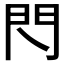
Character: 𨳉